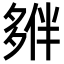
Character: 𡖱